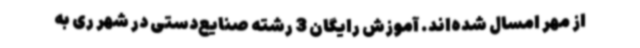
از مهر امسال شده‌اند. آموزش رایگان 3 رشته صنایع‌دستی در شهر ری به